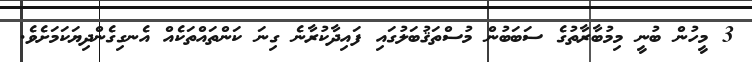
3 މީހުން ބުނީ މިމުބާރާތުގެ ސަބަބުން މުސްތަޤުބަލުގައި ފައިދާކުރާނެ ގިނަ ކަންތައްތަކެއް އެނގިގެންދިޔަކަމަށެވެ.